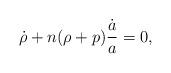
LaTeX: \begin{align*}\dot{\rho}+n(\rho+p){\dot{a}\over a}=0,\end{align*}